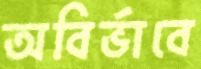
অবির্ভাবে